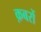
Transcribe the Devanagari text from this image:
क़बरों